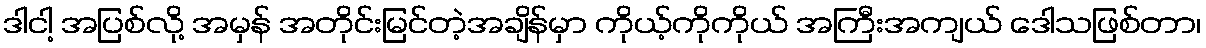
ဒါငါ့ အပြစ်လို့ အမှန် အတိုင်းမြင်တဲ့အချိန်မှာ ကိုယ့်ကိုကိုယ် အကြီးအကျယ် ဒေါသဖြစ်တာ၊